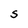
Character: S